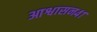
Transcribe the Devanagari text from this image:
आश्वासन४१